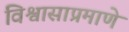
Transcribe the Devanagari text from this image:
विश्वासाप्रमाणे